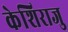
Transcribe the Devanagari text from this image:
केशिराजु